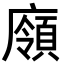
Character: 𢋞